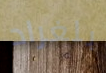
بلغراد